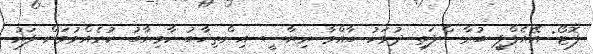
ފޮޓޯ: އޭއެފްޕީ ބުރާސްފަތި ދުވަހު ބާއްވާ ރިޔާސީ އިންތިޚާބު ކާމިޔާބު ކުރެއްވުމަށް ފަހު